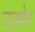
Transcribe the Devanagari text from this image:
उज़बेग